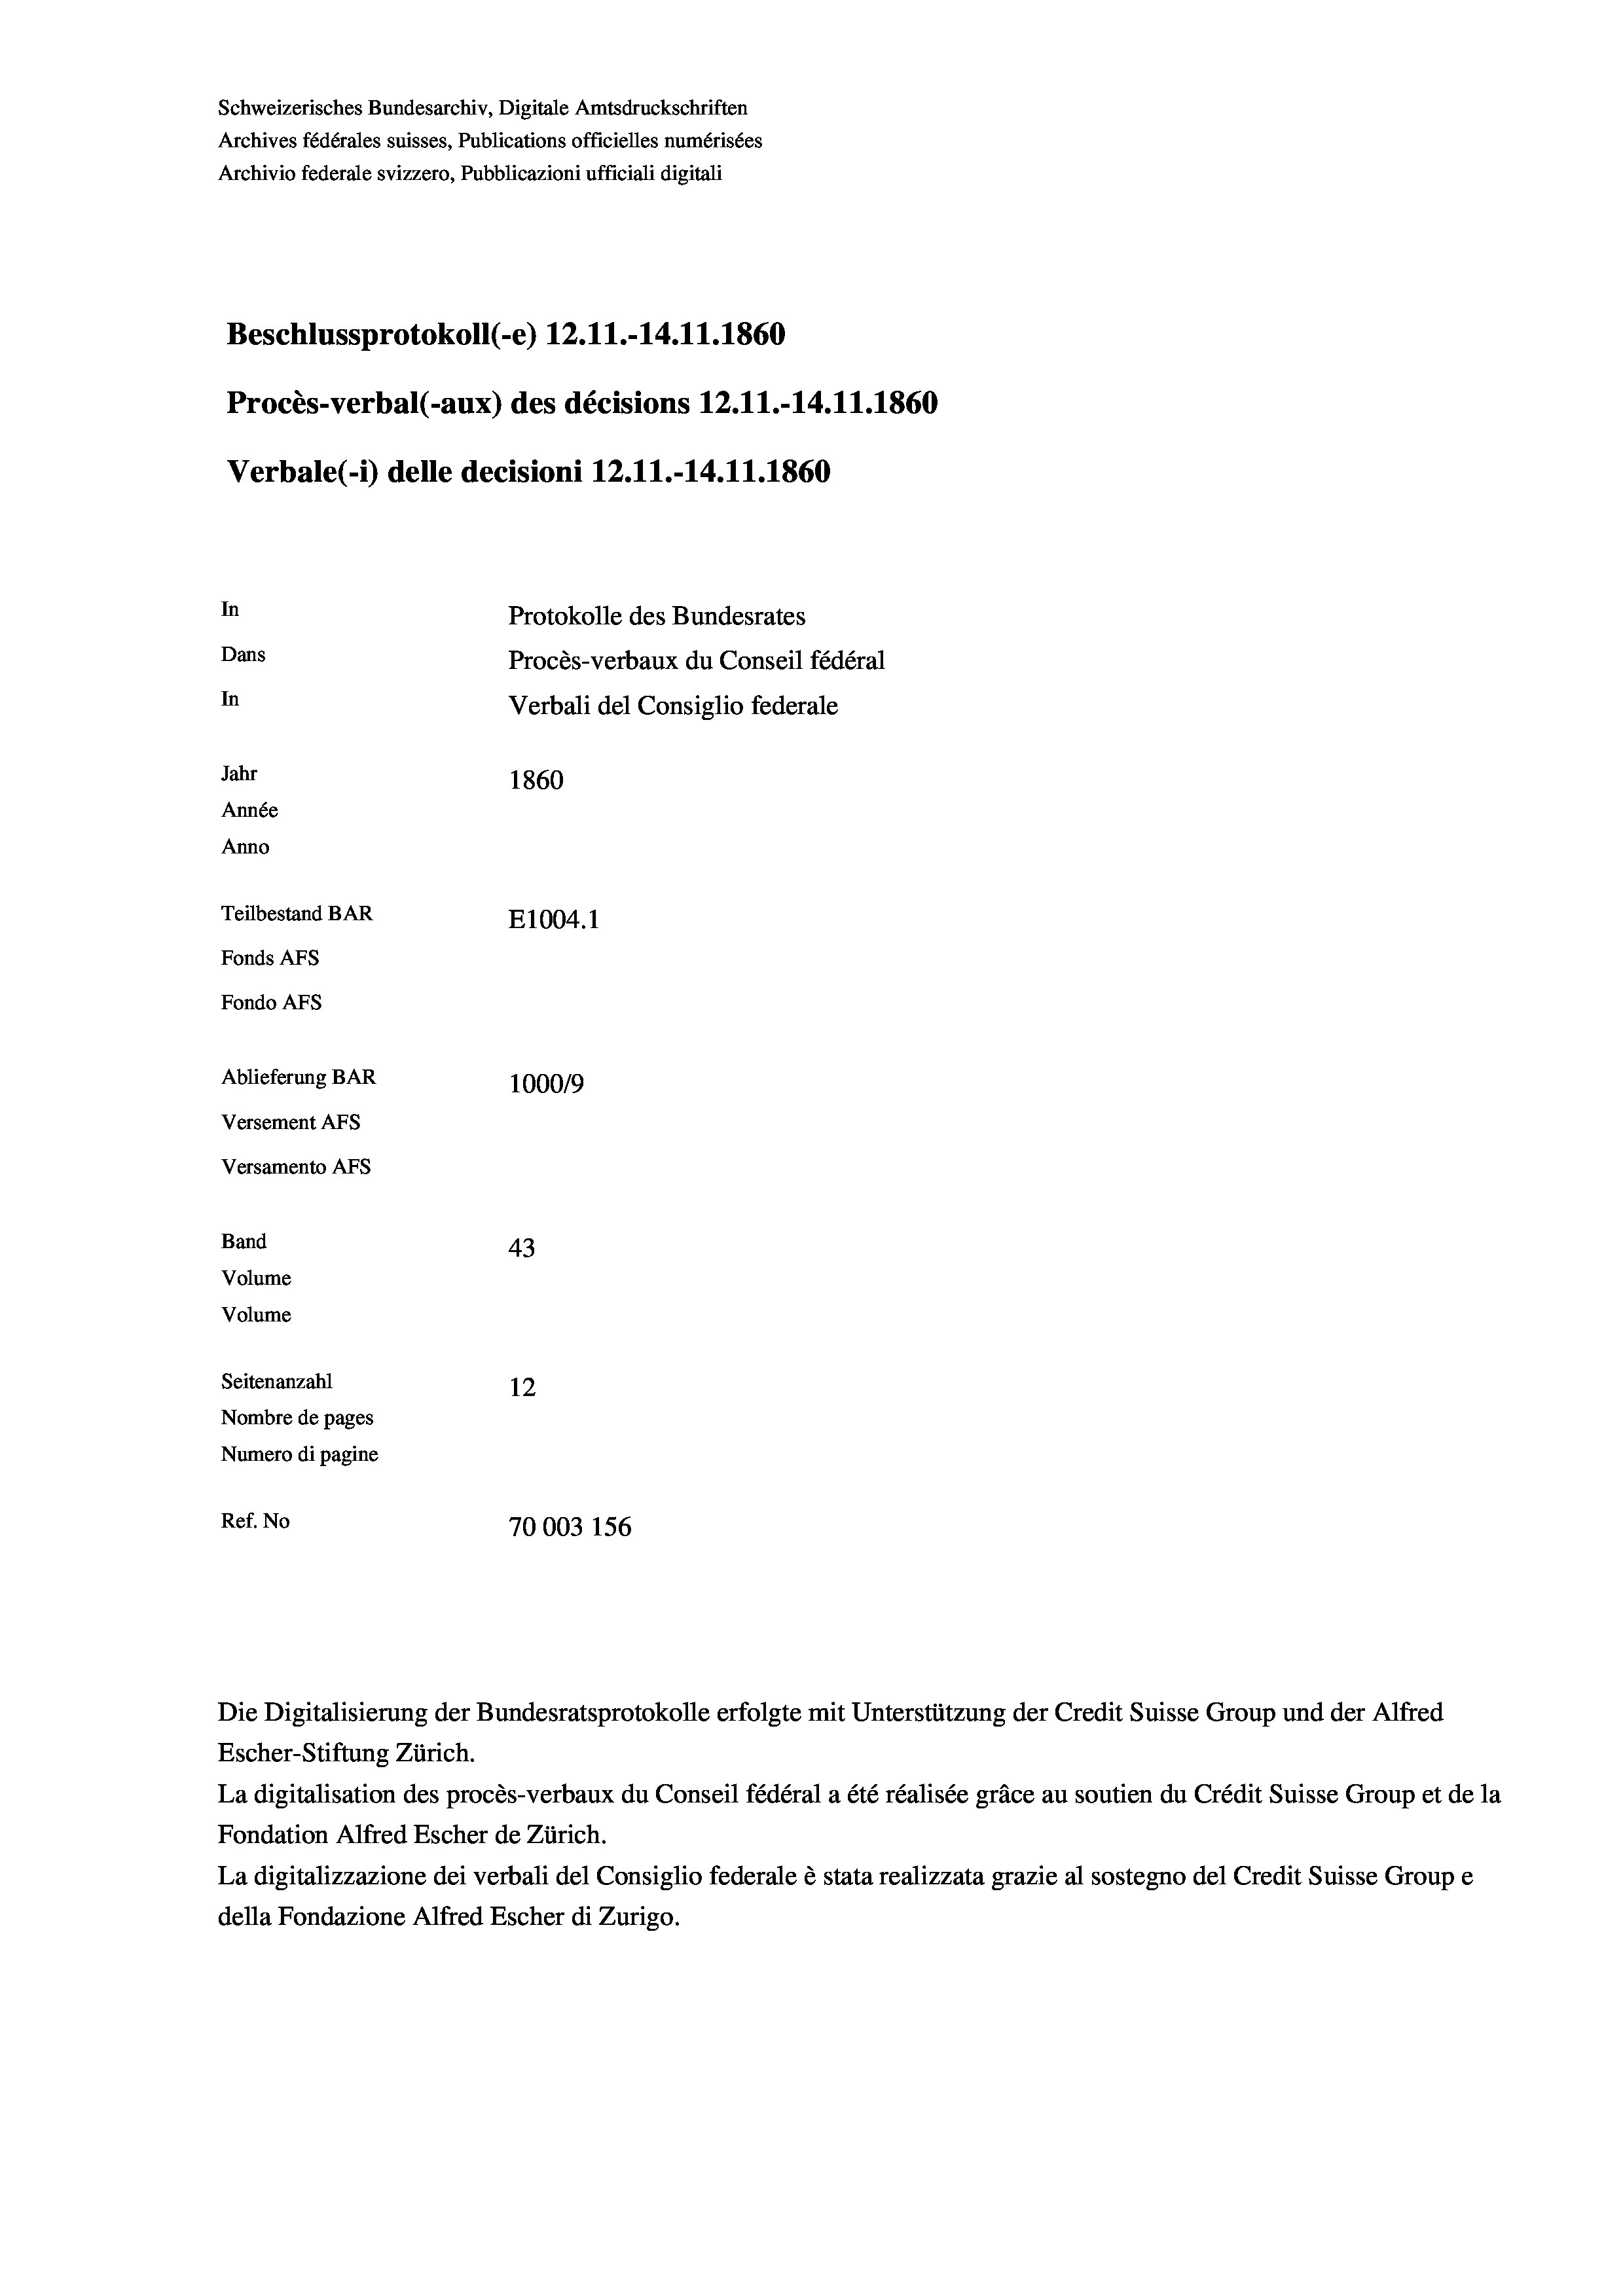
Schweizerisches Bundesarchiv, Digitale Amtsdruckschriften
Archives fédérales suisses, Publications officielles numérisées
Archivio federale svizzero, Pubblicazioni ufficiali digitali
Beschlussprotokoll (-e) 12.11.-14.11.1860
Procès-verbal (-aux) des décisions 12.11.-14.11.1860
Verbale (i) delle decisioni 12.11.-14.11.1860
In
Protokolle des Bundesrates
Dans
Procès-verbaux du Conseil fédéral
In
Verbali del Consiglio federale
Jahr
1860
Année
Anno
Teilbestand BAR
E1004. 1
Fonds AFs
Fondo Afs
Ablieferung BAR
100019
Versement AFs
Versamento Afs
Band
43
Volume
Volume
Seitenanzahl
12

Nombre de pages
Numero di pagine
Ref. No
70003 156

La digitalisation des procès-verbaux du Conseil fédéral a été réalisée gräce au soutien du Crédit Suisse Group et de la
Fondation Alfred Escher de Zürich.
La digitalizzazione dei verbali del Consiglio federale è stata realizzata grazie al sostegno del Credit Suisse Groupe
della Fondazione Alfred Escher di Zurigo.

Die Digitalisierung der Bundesratsprotokolle erfolgte mit Unterstützung der Credit Suisse Group und der Alfred
Escher-Stiftung Zürich.